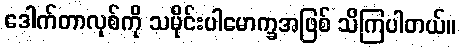
ဒေါက်တာလုစ်ကို သမိုင်းပါမောက္ခအဖြစ် သိကြပါတယ်။